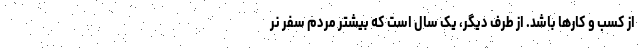
از کسب و کارها باشد. از طرف دیگر، یک سال است که بیشتر مردم سفر نر